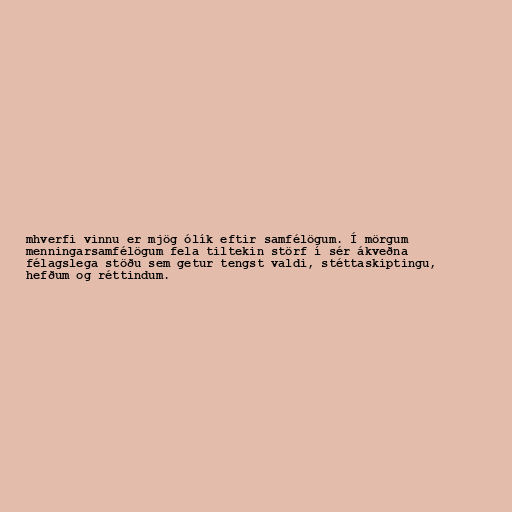
mhverfi vinnu er mjög ólík eftir samfélögum. Í mörgum
menningarsamfélögum fela tiltekin störf í sér ákveðna
félagslega stöðu sem getur tengst valdi, stéttaskiptingu,
hefðum og réttindum.